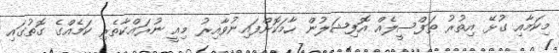
މިކަމާއި ގުޅޭ އިތުރު ތަފްސީލެއް އޮފިޝަލުން ހާމަކޮށްފައިނުވާއިރު މިއީ ނުރައްކާތެރި ކަމެއްގެ ގޮތުގައި